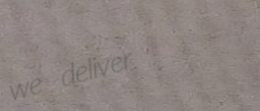
we deliver